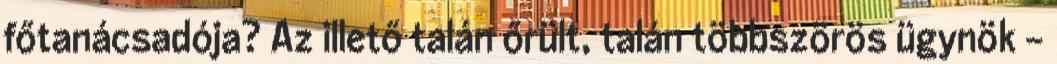
főtanácsadója? Az illető talán őrült, talán többszörös ügynök –